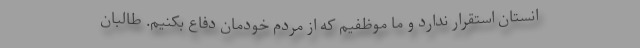
انستان استقرار ندارد و ما موظفیم که از مردم خودمان دفاع بکنیم. طالبان